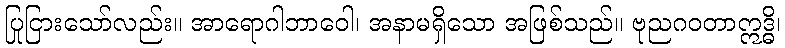
ပြုငြားသော်လည်း။ အာရောဂါဘာဝေါ၊ အနာမရှိသော အဖြစ်သည်။ ဗုညဂဝတာဣဒ္ဓိ၊